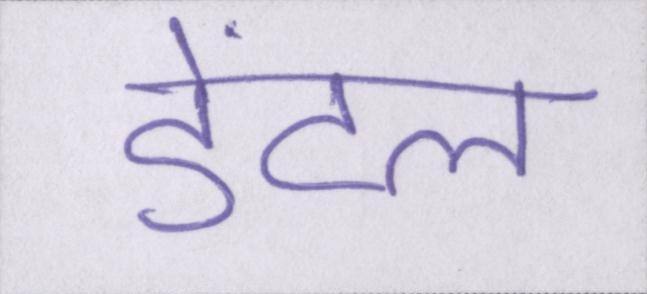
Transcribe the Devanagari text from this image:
डेंटल